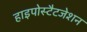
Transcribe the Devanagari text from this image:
हाइपोस्टैटजेशन